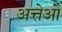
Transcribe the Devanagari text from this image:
अत्तेऔ